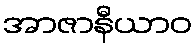
အာဇာနီယာဝ